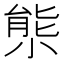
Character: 𡮙